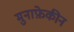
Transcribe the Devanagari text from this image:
मुनाफ़ेकीन